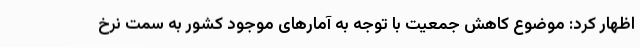
اظهار کرد: موضوع کاهش جمعیت با توجه به آمارهای موجود کشور به سمت نرخ